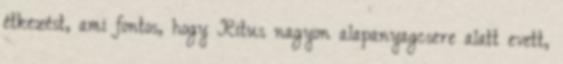
étkezést, ami fontos, hogy Ritus nagyon alapanyagcsere alatt evett,